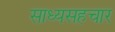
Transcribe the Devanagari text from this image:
साध्यसहचार